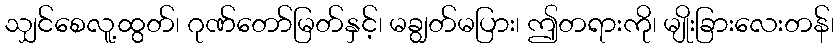
သျှင်စေလူ့ထွတ်၊ ဂုဏ်တော်မြတ်နှင့်၊ မချွတ်မပြား၊ ဤတရားကို၊ မျိုးခြားလေးတန်၊